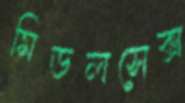
মিডলসেক্স